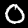
Digit: 0